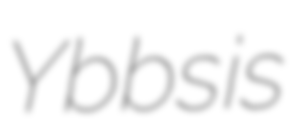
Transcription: Ybbs is